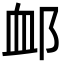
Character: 䘏